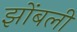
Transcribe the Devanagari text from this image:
झोंबली